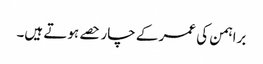
براہمن کی عمر کے چار حصے ہوتے ہیں۔